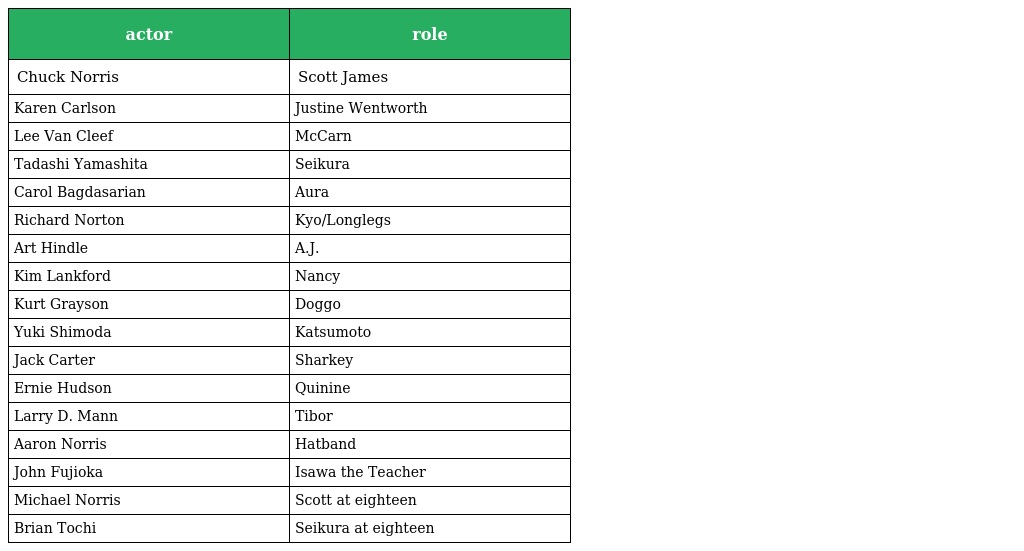
| actor | role |
 | --- | --- |
 | Chuck Norris | Scott James |
 | Karen Carlson | Justine Wentworth |
 | Lee Van Cleef | McCarn |
 | Tadashi Yamashita | Seikura |
 | Carol Bagdasarian | Aura |
 | Richard Norton | Kyo/Longlegs |
 | Art Hindle | A.J. |
 | Kim Lankford | Nancy |
 | Kurt Grayson | Doggo |
 | Yuki Shimoda | Katsumoto |
 | Jack Carter | Sharkey |
 | Ernie Hudson | Quinine |
 | Larry D. Mann | Tibor |
 | Aaron Norris | Hatband |
 | John Fujioka | Isawa the Teacher |
 | Michael Norris | Scott at eighteen |
 | Brian Tochi | Seikura at eighteen |